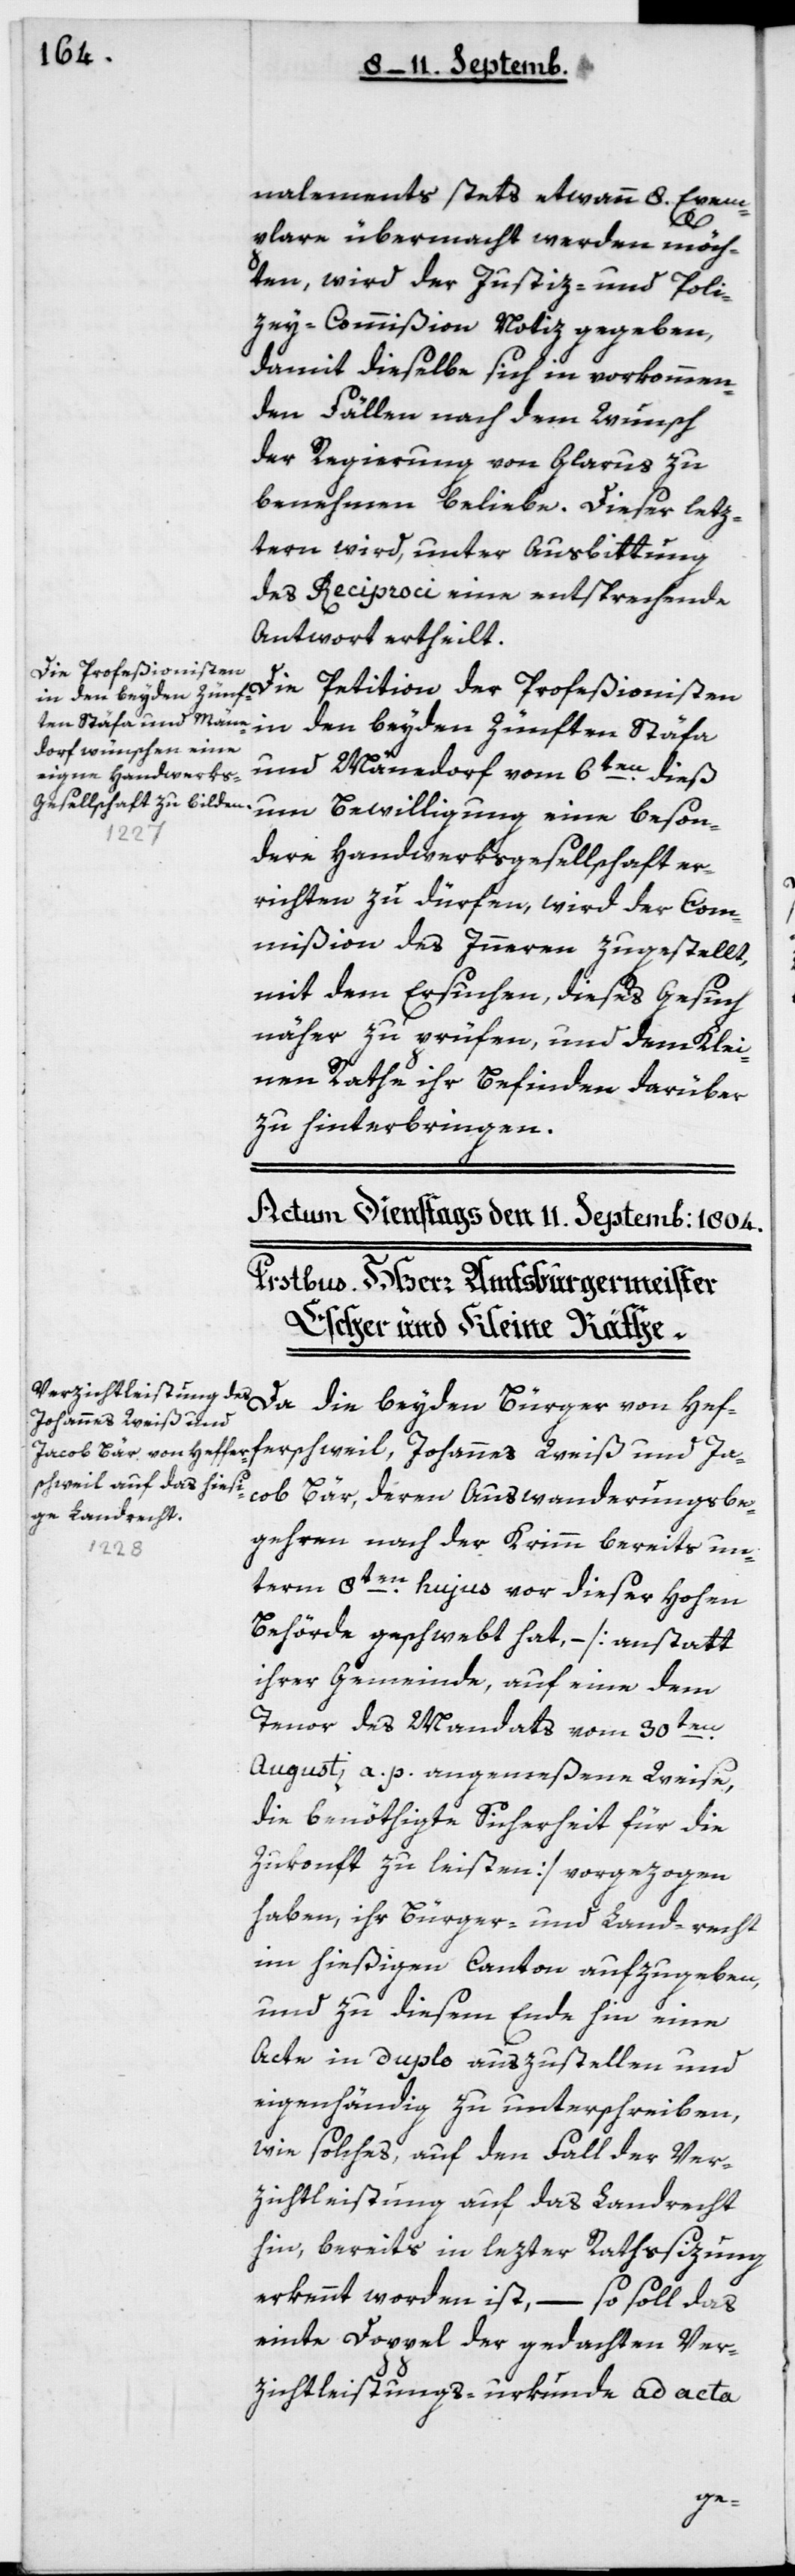
nalements stets etwann 8 Exem¬
plare übermacht werden möch¬
ten, wird der Justiz- und Poli¬
cey-Commißion Notiz gegeben,
damit dieselbe sich in vorkommen¬
den Fällen nach dem Wunsch
der Regierung von Glarus zu
benehmen beliebe. Dieser lez¬
tern wird, unter Ausbittung
des Reciproci, eine entsprechende
Antwort ertheilt.
der Profeßionisten
und Männedorf vom 6ten dieß,
um Bewilligung eine beson¬
dere Handwerks-Gesellschaft er¬
richten zu dürfen, wird der Com¬
mißion des Innern zugestellt,
mit dem Ersuchen, dieses Gesuch
näher zu prüfen, und dem Klei¬
nen Rathe ihr Befinden darüber
zu hinterbringen.
fferschweil, Johannes Weiß und Ja¬
cob Bär, deren Auswanderungsbe¬
gehren nach der Krim bereits un¬
term 8ten hujus vor dieser hohen
Behörde geschwebt hat, – [anstatt
ihrer Gemeinde, auf eine dem
Tenor des Mandats vom 30ten
Augusti a.p. angemeßene Weise,
die benöthigte Sicherheit für die
Zukonft zu leisten] vorgezogen
haben, ihr Bürger- und Landrecht
im hießigen Canton aufzugeben,
und zu diesem Ende hin eine
Acte in Duplo auszustellen und
eigenhändig zu unterschreiben,
wie solches, auf den Fall der Ver¬
zichtleistung auf das Landrecht
hin, bereits in lezter Rathßizung
erkennt worden ist, – so soll das
einte Doppel der gedachten Ver¬
zichtleistungs-urkunde ad acta
He¬